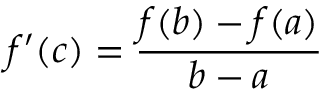
f ^ { \prime } ( c ) = { \frac { f ( b ) - f ( a ) } { b - a } }